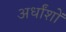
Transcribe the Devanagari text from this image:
अर्धांशों